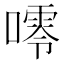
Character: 𱔴